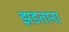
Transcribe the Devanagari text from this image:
झडताना